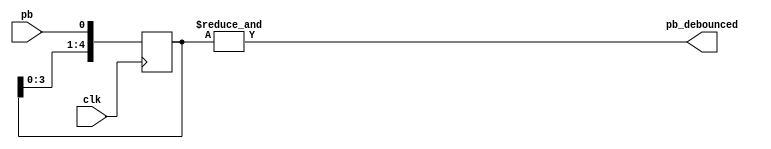
module debounce (pb_debounced, pb, clk);
    output pb_debounced; 
    input pb;
    input clk;
    reg [4:0] DFF;
    
    always @(posedge clk) begin
        DFF[4:1] <= DFF[3:0];
        DFF[0] <= pb; 
    end
    assign pb_debounced = (&(DFF)); 
endmodule

module onepulse (PB_debounced, clk, PB_one_pulse);
    input PB_debounced;
    input clk;
    output reg PB_one_pulse;
    reg PB_debounced_delay;

    always @(posedge clk) begin
        PB_one_pulse <= PB_debounced & (! PB_debounced_delay);
        PB_debounced_delay <= PB_debounced;
    end 
endmodule

module div_clk(div_clk, clk);
input clk;
output reg div_clk;
reg [25:0] ct;

always@(posedge clk)begin
    if(ct == 2 ** 26 - 1) begin
        div_clk <= 1'b1;
        ct <= 26'b0;
    end
    else begin
        div_clk <= 1'b0;
        ct <= ct + 1'b1;  
    end  
end

endmodule

module clk_divider_UART#(parameter N = 5, parameter MAX = 20)(dclk, clk, rst);
input clk, rst;
output reg dclk;

reg next_dclk;
reg [N-1:0] counter;
reg [N-1:0] next_counter;

always@(posedge clk) begin
    if(rst) begin
        counter <= 0;
        dclk <= 1'b1;
    end else begin
        counter <= next_counter;
        dclk <= next_dclk;
    end
end

always@(*) begin
    if(counter == MAX - 1) begin
        next_dclk = 1'b1;
        next_counter = 0;         
    end else begin
        next_dclk = 1'b0;
        next_counter = counter + 1'b1;
    end
end

endmodule

module servo_div_clk(rst, clk, div_clk);
input rst, clk;
output div_clk;
wire [25:0] nxt_cnt;
reg [25:0] cnt;
reg div_clk;
assign nxt_cnt = cnt+1;

always@(posedge clk)begin
    if(rst)begin
        cnt <= 26'b0;
        div_clk <= 1'b0;
    end
    else begin
        if(cnt == 2 ** 25 - 26'd800) begin
            div_clk <= 1'b1;
            cnt <= 26'b0;
        end else begin
            div_clk <= 1'b0;
            cnt <= nxt_cnt;
        end
    end
end
endmodule